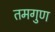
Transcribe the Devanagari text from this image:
तमगुण